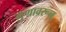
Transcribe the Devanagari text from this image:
गुणावरून